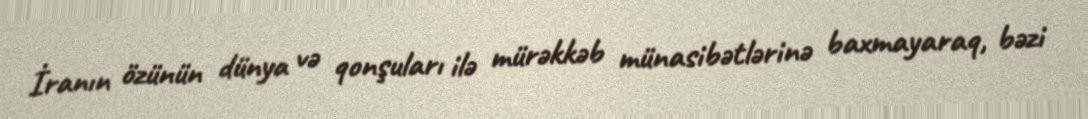
İranın özünün dünya və qonşuları ilə mürəkkəb münasibətlərinə baxmayaraq, bəzi